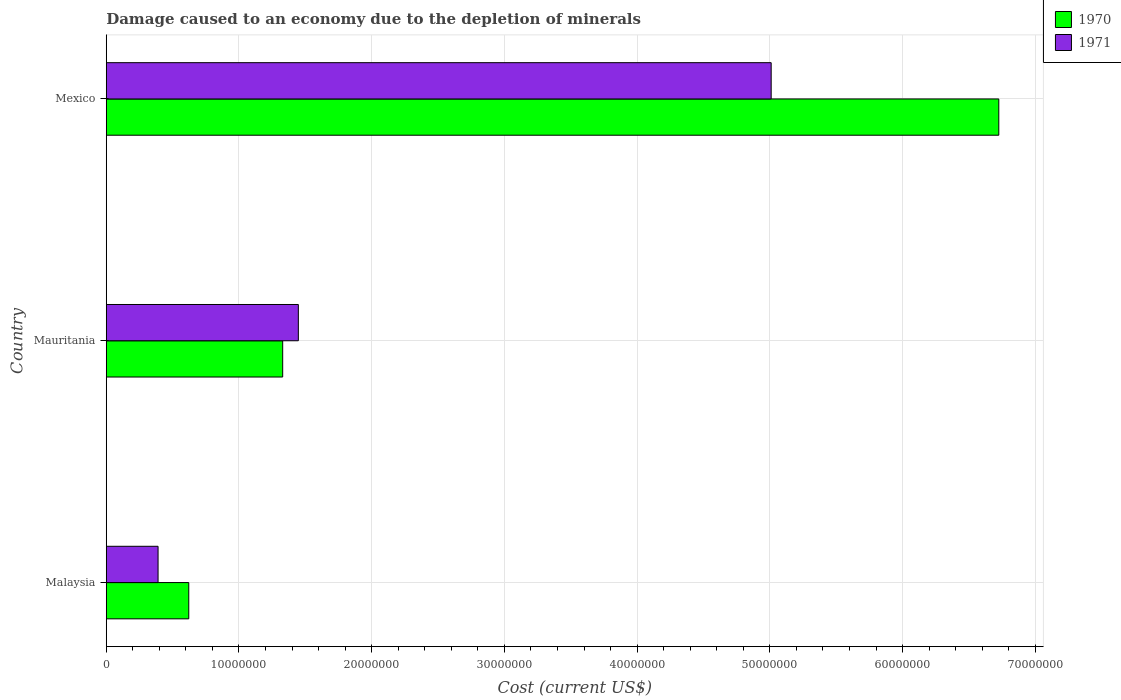
| Country | 1970 | 1971 |
 | --- | --- | --- |
 | Malaysia | 6.22e+06 | 3.9e+06 |
 | Mauritania | 1.33e+07 | 1.45e+07 |
 | Mexico | 6.73e+07 | 5.01e+07 |